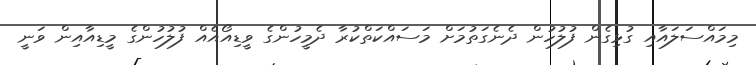
މިމައްސަލައާއި ގުޅިގެން ފުލުހުން ދެނެގަތުމަށް މަސައްކަތްކުރާ ދެމީހުންގެ ވީޑިއޯއެއް ފުލުހުންގެ މީޑިއާއިން ވަނީ